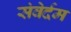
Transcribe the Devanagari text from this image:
संवेर्दम